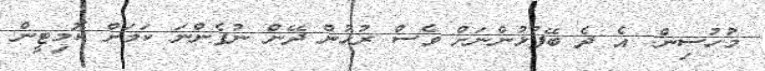
މުހުސިން: އެ ދެ ބޭފުޅުންނަށް ވެސް ރުހުން ދޭން ނުފެންނަ ކަމަށް ކޮމިޓީން